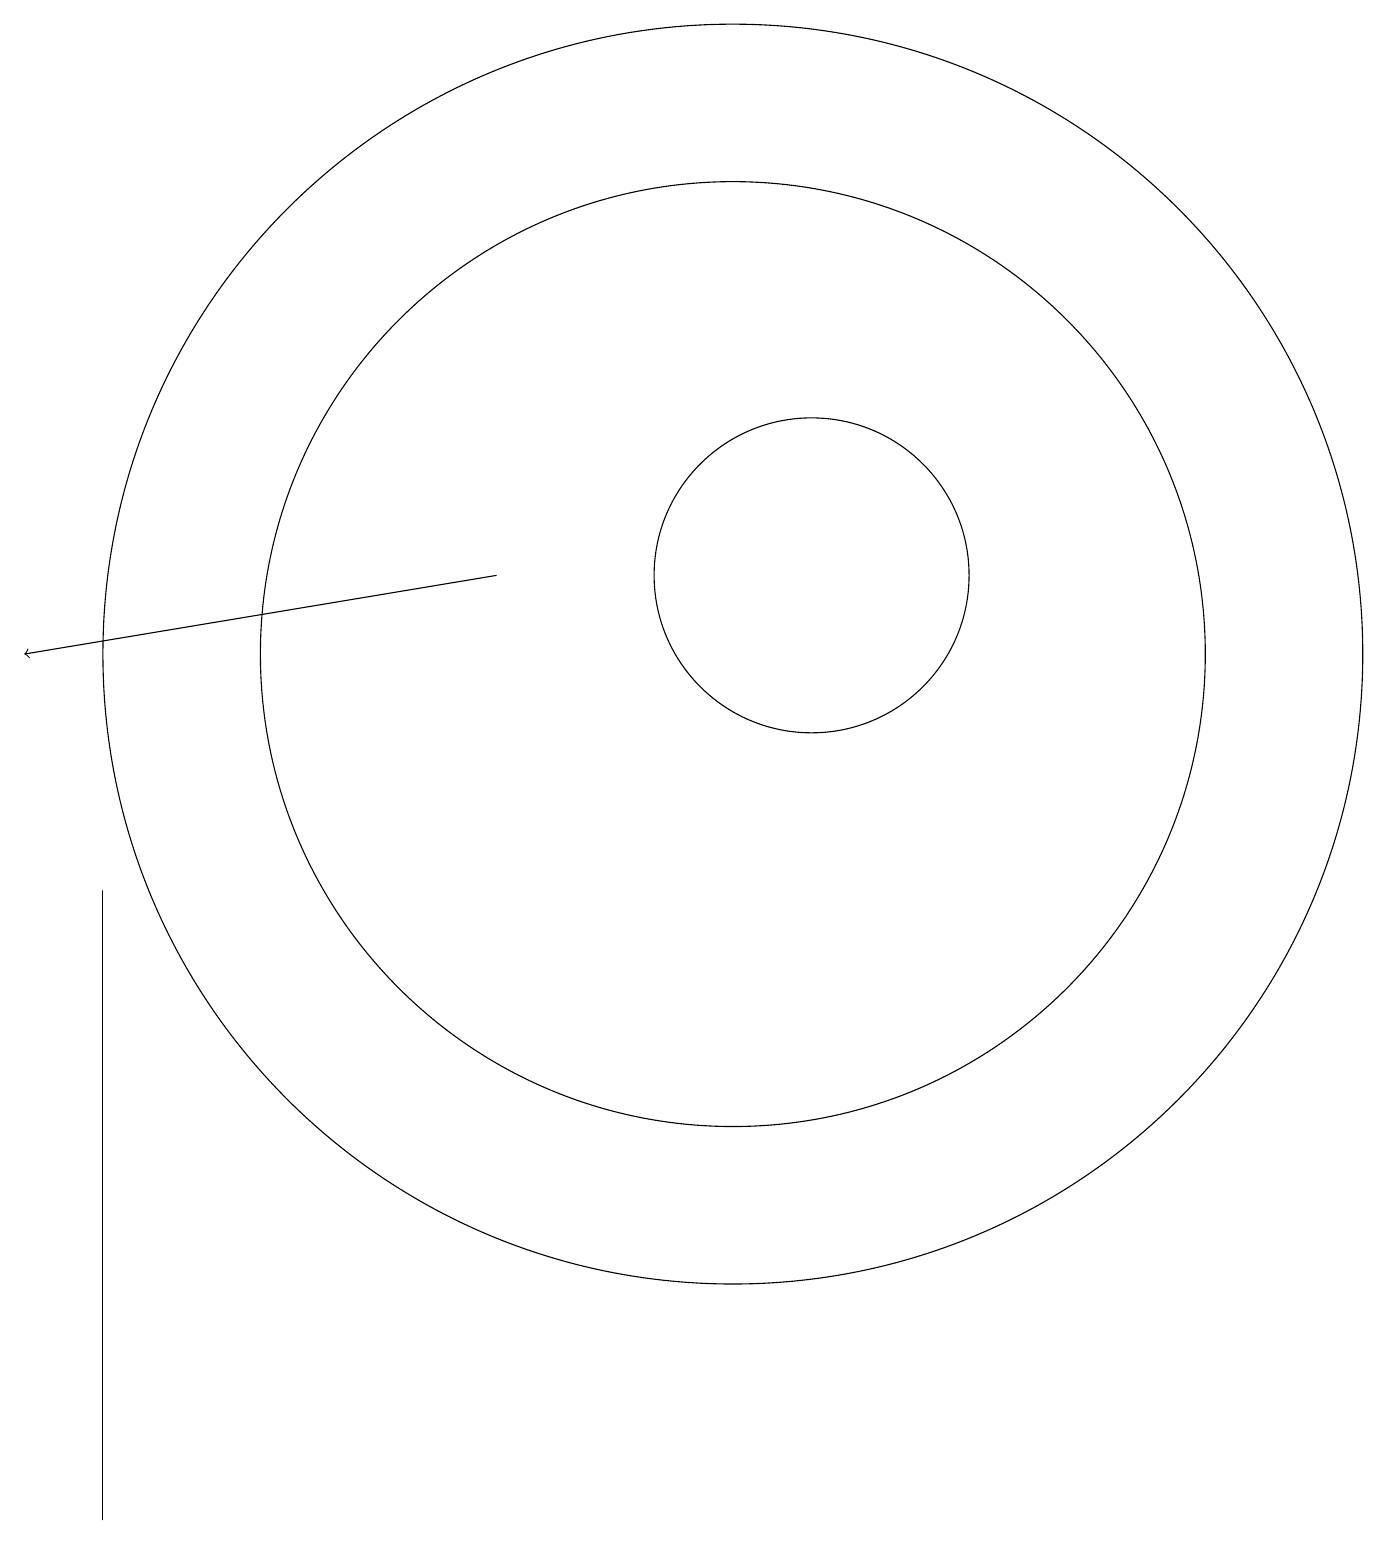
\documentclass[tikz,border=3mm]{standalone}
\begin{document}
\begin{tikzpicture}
\draw (12,12) circle (2);
\draw (3,0) -- (3,8) -- (3,3) -- cycle;
\draw (11,11) circle (6);
\draw (11,11) circle (8);
\draw[->] (8,12) -- (2,11);
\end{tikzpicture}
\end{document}